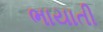
ભાયાતી